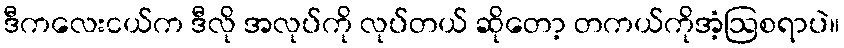
ဒီကလေးငယ်က ဒီလို အလုပ်ကို လုပ်တယ် ဆိုတော့ တကယ်ကိုအံ့ဩစရာပဲ။